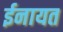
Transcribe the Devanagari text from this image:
ईनायत